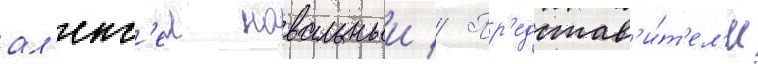
ал'екс'еи навальныи // Пр'едстав'и́т'ел'и